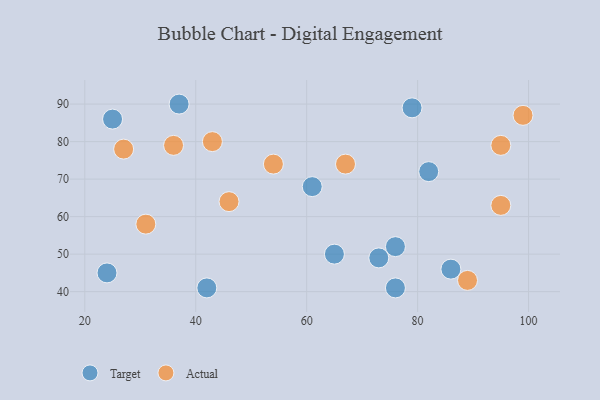
{"axis": {"x": "GDP", "y": "Life Expectancy"}, "legend": ["Actual", "Target"], "data": [{"x": "82", "y": 72, "type": "Target"}, {"x": "61", "y": 68, "type": "Target"}, {"x": "76", "y": 52, "type": "Target"}, {"x": "79", "y": 89, "type": "Target"}, {"x": "42", "y": 41, "type": "Target"}, {"x": "25", "y": 86, "type": "Target"}, {"x": "24", "y": 45, "type": "Target"}, {"x": "37", "y": 90, "type": "Target"}, {"x": "76", "y": 41, "type": "Target"}, {"x": "86", "y": 46, "type": "Target"}, {"x": "65", "y": 50, "type": "Target"}, {"x": "73", "y": 49, "type": "Target"}, {"x": "95", "y": 79, "type": "Actual"}, {"x": "27", "y": 78, "type": "Actual"}, {"x": "95", "y": 63, "type": "Actual"}, {"x": "89", "y": 43, "type": "Actual"}, {"x": "43", "y": 80, "type": "Actual"}, {"x": "67", "y": 74, "type": "Actual"}, {"x": "36", "y": 79, "type": "Actual"}, {"x": "54", "y": 74, "type": "Actual"}, {"x": "46", "y": 64, "type": "Actual"}, {"x": "99", "y": 87, "type": "Actual"}, {"x": "31", "y": 58, "type": "Actual"}]}